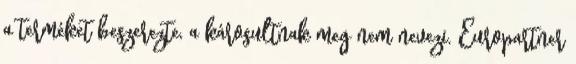
a terméket beszerezte, a károsultnak meg nem nevezi. Europartner